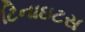
ટિનાઇટસ